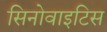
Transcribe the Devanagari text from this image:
सिनोवाइटिस